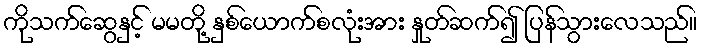
ကိုသက်ဆွေနှင့် မမတို့ နှစ်ယောက်စလုံးအား နှုတ်ဆက်၍ ပြန်သွားလေသည်။